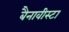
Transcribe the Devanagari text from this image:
बैनावीस्टा